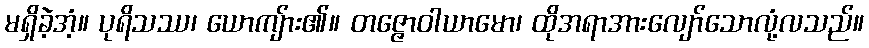
မရှိခဲ့အံ့။ ပုရိသဿ၊ ယောကျ်ား၏။ တဇ္ဇောဝါယာမော၊ ထိုအရာအားလျော်သောလုံ့လသည်။